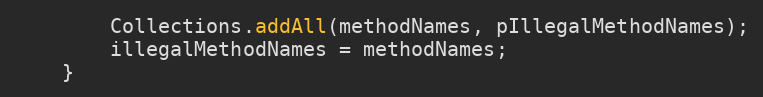
Language: Java
        Collections.addAll(methodNames, pIllegalMethodNames);
        illegalMethodNames = methodNames;
    }